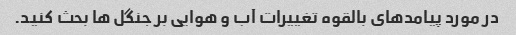
در مورد پیامدهای بالقوه تغییرات آب و هوایی بر جنگل ها بحث کنید.